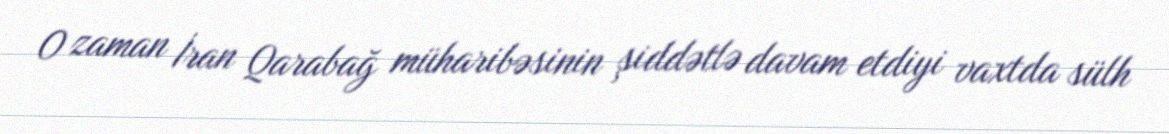
O zaman İran Qarabağ müharibəsinin şiddətlə davam etdiyi vaxtda sülh